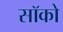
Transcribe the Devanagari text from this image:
सॉको